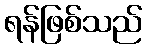
ရန်ဖြစ်သည်